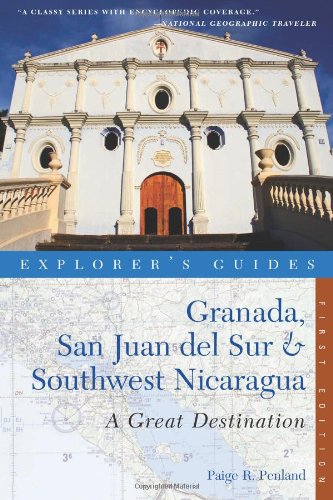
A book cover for Explorer's Guide Granada, San Juan del Sur & Southwest Nicaragua: A Great Destination (Explorer's Great Destinations); Paige R. Penland; Travel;